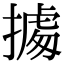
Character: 㩀